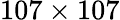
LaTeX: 107\times 107